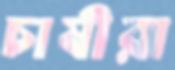
চাষীরা